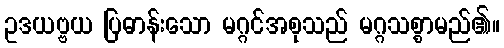
ဥဒယဗ္ဗယ ပြဓာန်းသော မဂ္ဂင်အစုသည် မဂ္ဂသစ္စာမည်၏။